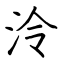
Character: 泠